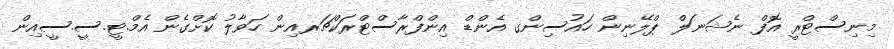
މިނިސްޓްރީ އޮފް ނެޝަނަލް ޕްލޭނިން ހައުސިންގ އެންޑް އިންފްރާސްޓްރަކްޗަރއިން ހަވާލު ކޮށްގެން އެމް.ޓީ.ސީ.ސީއިން